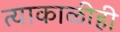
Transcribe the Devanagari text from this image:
त्याकाळीही